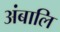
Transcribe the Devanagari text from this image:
अंबालि